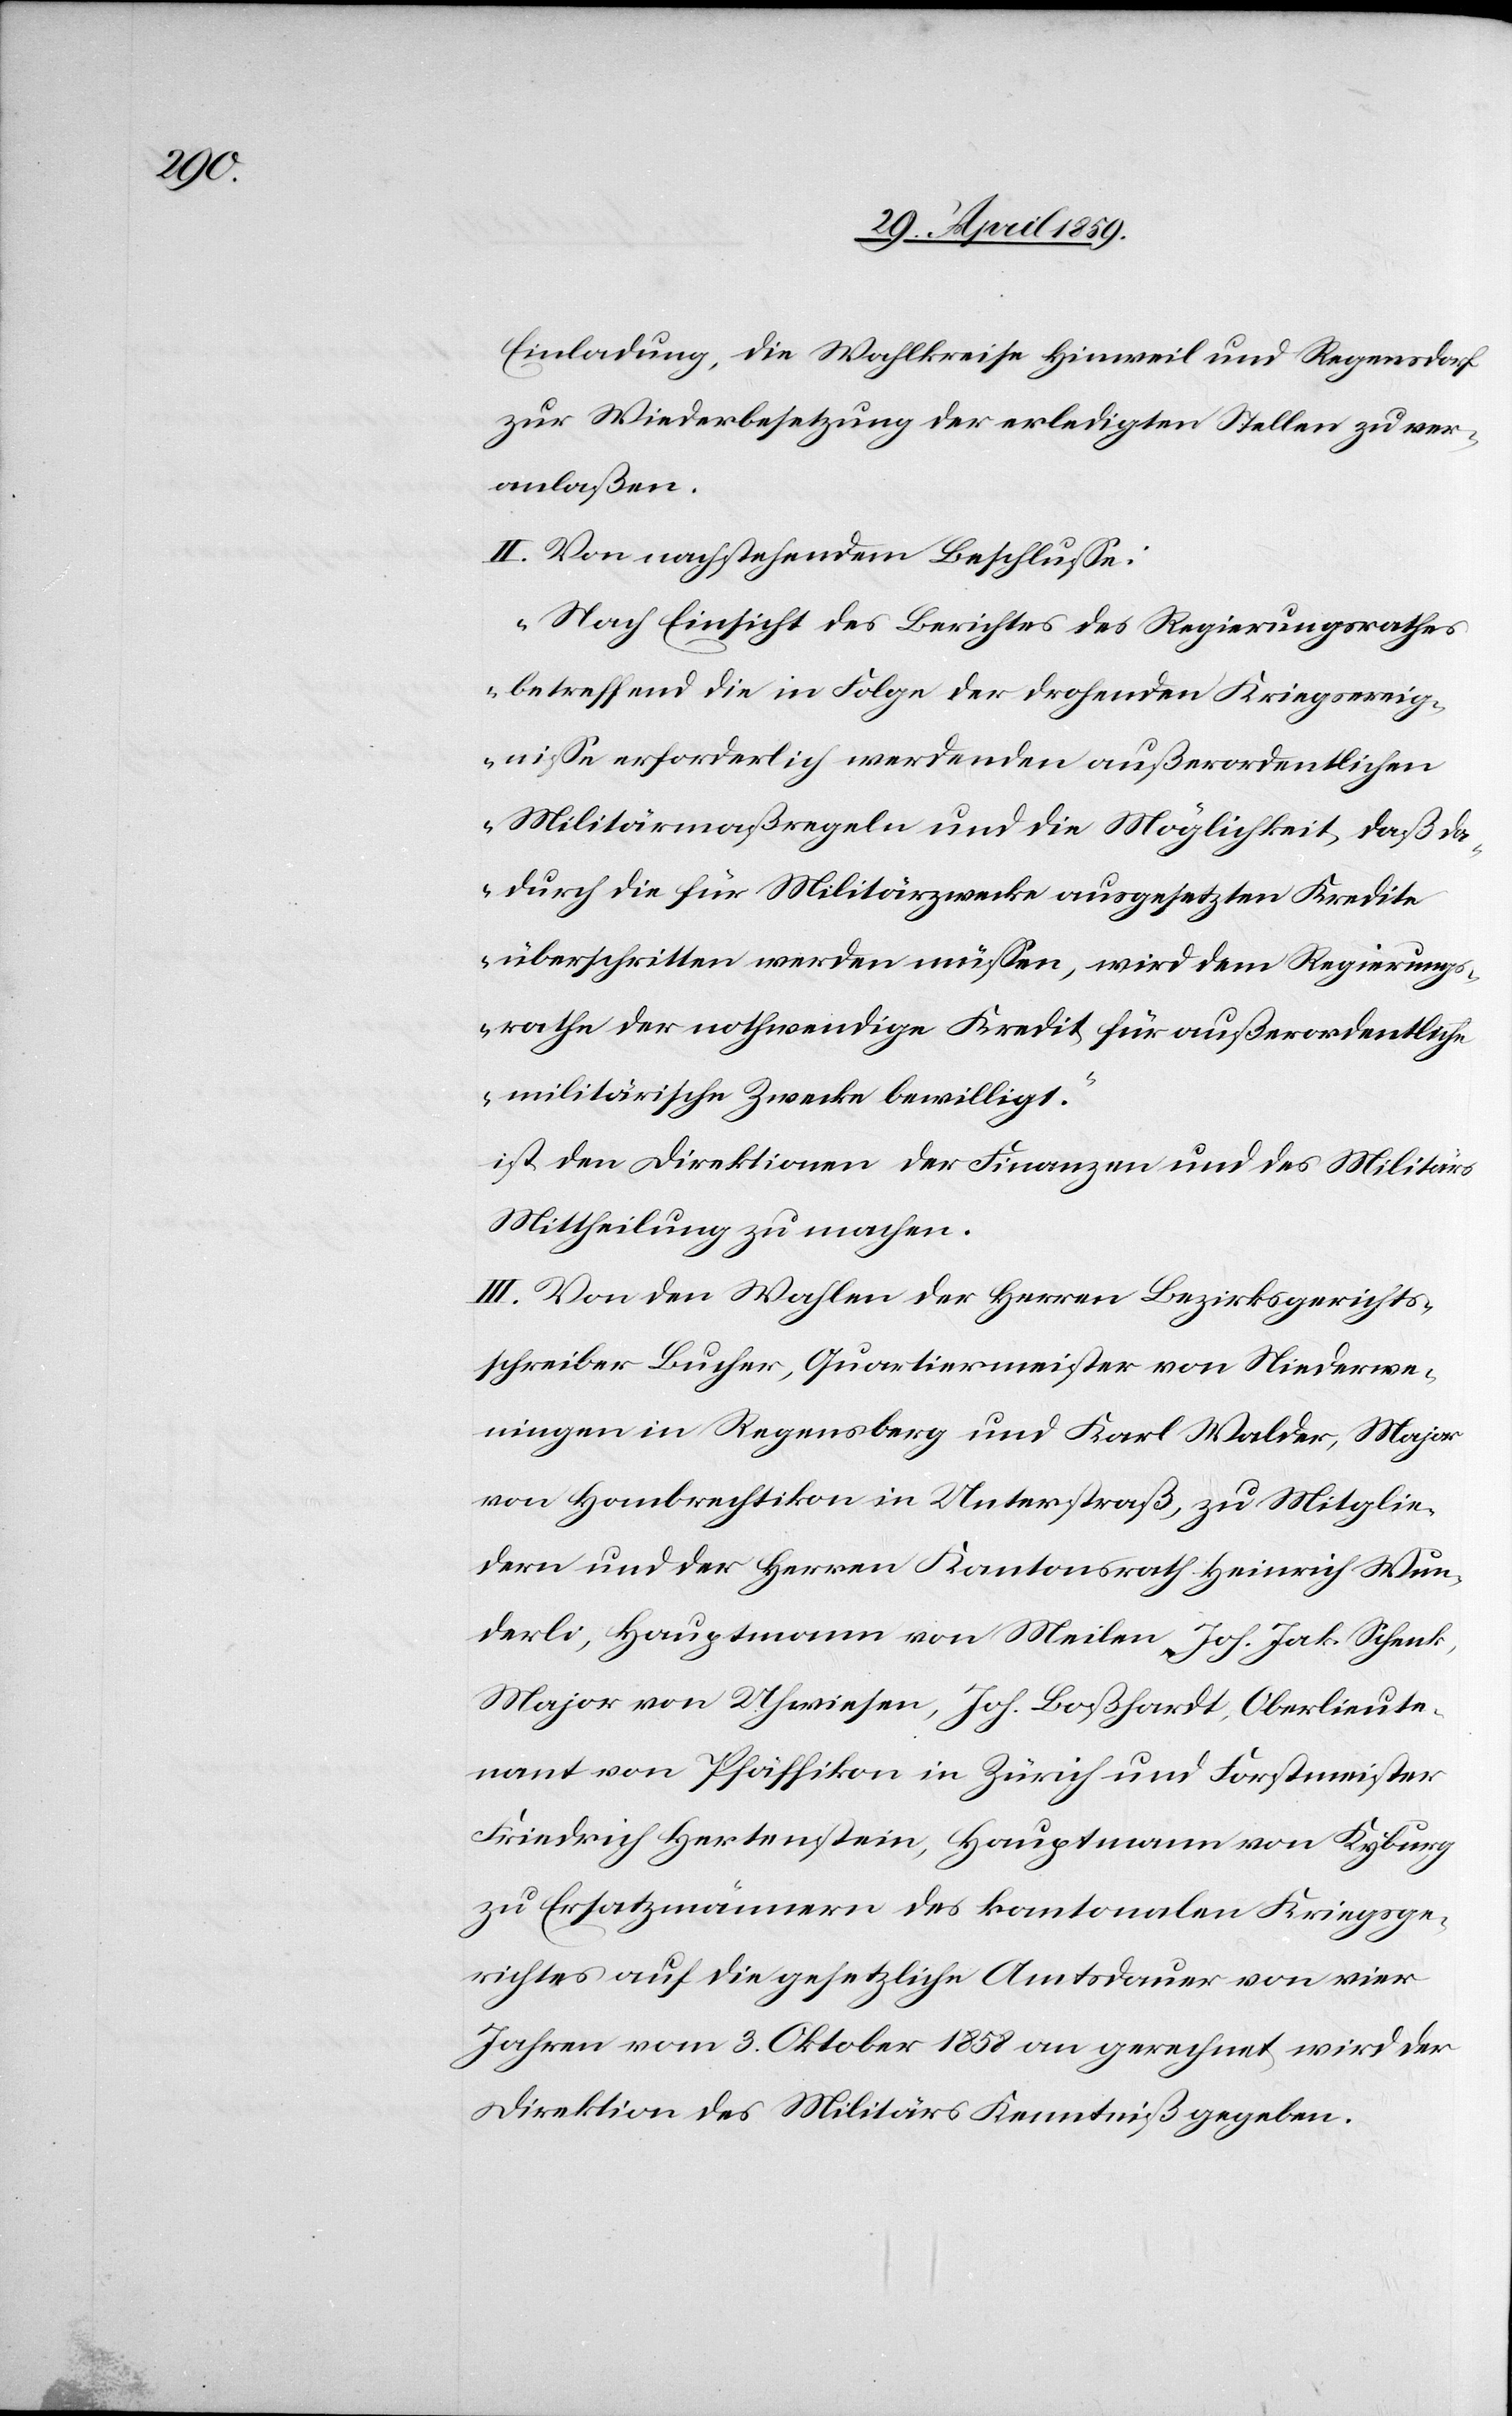
Einladung, die Wahlkreise Hinweil und Regensdorf
zu Wiederbesetzung der erledigten Stellen zu ver¬
anlaßen.
II. Von nachstehendem Beschluße:
„Nach Einsicht des Berichtes des Regierungsrathes
betreffend die in Folge der drohenden Kriegsereig¬
niße erforderlich werdenden außerordentlichen
Militärmaßregeln und die Möglichkeit, daß da¬
durch die für Militärzwecke ausgesetzten Kredite
überschritten werden müßen, wird dem Regierungs¬
rathe der nothwendige Kredit für außerordentliche
militärische Zwecke bewilligt.“
ist den Direktionen der Finanzen und des Militärs
Mittheilung zu machen.
III. Von den Wahlen der Herren Bezirksgerichts¬
schreiber Bucher, Quartiermeister von Niederwe¬
ningen in Regensberg und Karl Walder, Major
von Hombrechtikon in Unterstraß, zu Mitglie¬
dern und der Herren Kantonsrath Heinrich Wun¬
derli, Hauptmann von Meilen, Joh. Jak. Schenk,
Major von Uhwiesen, Joh. Boßhardt, Oberlieute¬
nant von Pfäffikon in Zürich und Forstmeister
Friedrich Hertenstein, Hauptmann von Kyburg
zu Ersatzmännern des kantonalen Kriegsge¬
richtes auf die gesetzliche Amtsdauer von vier
Jahren vom 3. Oktober 1858 an gerechnet, wird der
Direktion des Militärs Kenntniß gegeben.